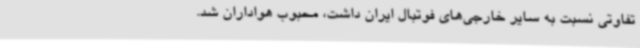
تفاوتی نسبت به سایر خارجی‌های فوتبال ایران داشت، محبوب هواداران شد.